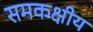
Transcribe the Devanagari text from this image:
समकक्षीय